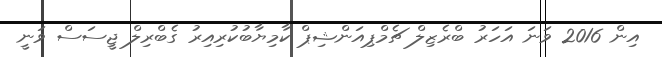
އިން 2016 ވަނަ އަހަރު ބްރެޒިލް ޗެމްޕިއަންޝިޕް ކާމިޔާބުކުރިއިރު ގެބްރިލް ޖީސަސް ވަނީ